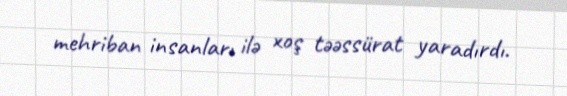
mehriban insanları ilə xoş təəssürat yaradırdı.